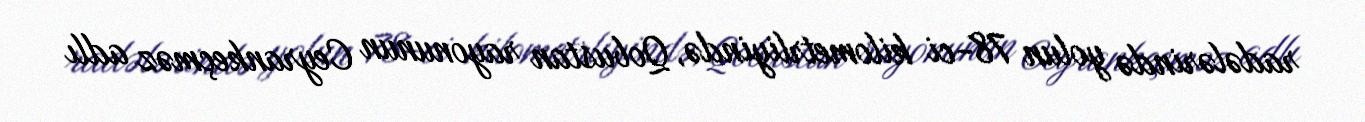
radələrində yolun 78-ci kilometrliyində, Qobustan rayonunun Ceyrankeçməz adlı